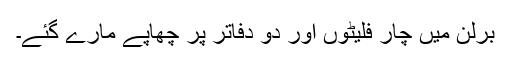
برلن میں چار فلیٹوں اور دو دفاتر پر چھاپے مارے گئے۔